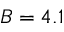
B = 4 . 1